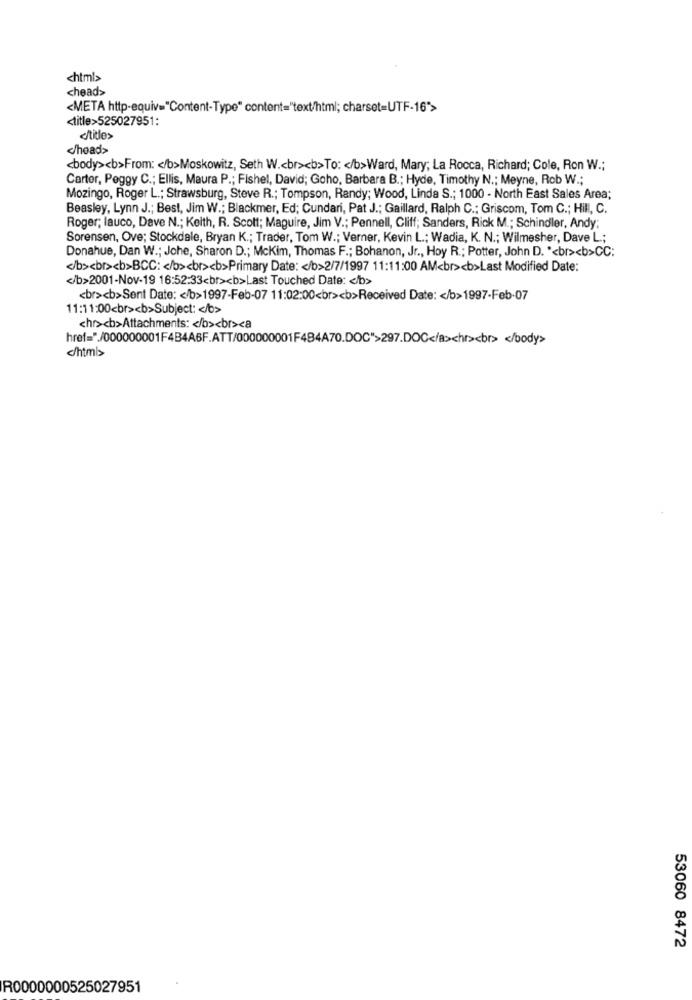
<html>
<head>
<META http-equiv="Content-Type" content="text/html; charset=UTF-16">
<title>525027951:
</title>
c/head>
<body><b>From: < /b>Moskowitz, Seth W .< br><b>To: < /b>Ward, Mary; La Rocca, Richard; Cole, Ron W .;
Carter, Peggy C .; Ellis, Maura P .; Fishel, David; Goho, Barbara B .; Hyde, Timothy N .; Meyne, Rob W .;
Mozingo, Roger L .; Strawsburg, Steve R .; Tompson, Randy; Wood, Linda S .; 1000 - North East Sales Area;
Beasley, Lynn J .; Best, Jim W .; Blackmer, Ed; Cundari, Pat J .; Gaillard, Ralph C .: Griscom, Tom C .; Hill, C.
Roger; lauco, Dave N .; Keith, R. Scott; Maguire, Jim V .; Pennell, Cliff; Sanders, Rick M .; Schindler, Andy;
Sorensen, Ove; Stockdale, Bryan K .; Trader, Tom W .; Verner, Kevin L .; Wadia, K. N .; Wilmesher, Dave L .;
Donahue, Dan W .; Johe, Sharon D .; Mckim, Thomas F .; Bohanon, Jr ., Hoy R .; Potter, John D. "<br><b>CC:
</b><br><b>BCC: < /b><br><b>Primary Date: < /b>2/7/1997 11:11:00 AM<br><b>Last Modified Date:
</b>2001-Nov-19 16:52:33<br><b>Last Touched Date: < /b>
<br><b>Sent Date: < /b>1997-Feb-07 11:02:00<br><b>Received Date: < /b>1997-Feb-07
11:11:00<br><b>Subject: < /b>
<hr><b>Attachments: < /b><br><a
href=" /000000001F4B4ABF.ATT/000000001F484A70.DOC">297.DOC</a><hr><br> </body>
c/html>
53060 8472
R0000000525027951